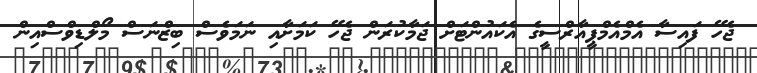
ޖެހޭ ފައިސާ އެމްއެމްޕީއާރްސީގެ އެކައުންޓަށް ޖަމާކުރަން ޖެހޭ ކަމަށާއި ނަމަވެސް ބިޒްނަސް މޯލްޑިވްސްއިން